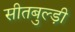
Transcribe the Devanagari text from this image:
सीतबुल्ड़ी